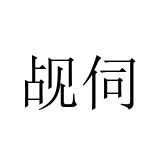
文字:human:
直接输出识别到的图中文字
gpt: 觇伺